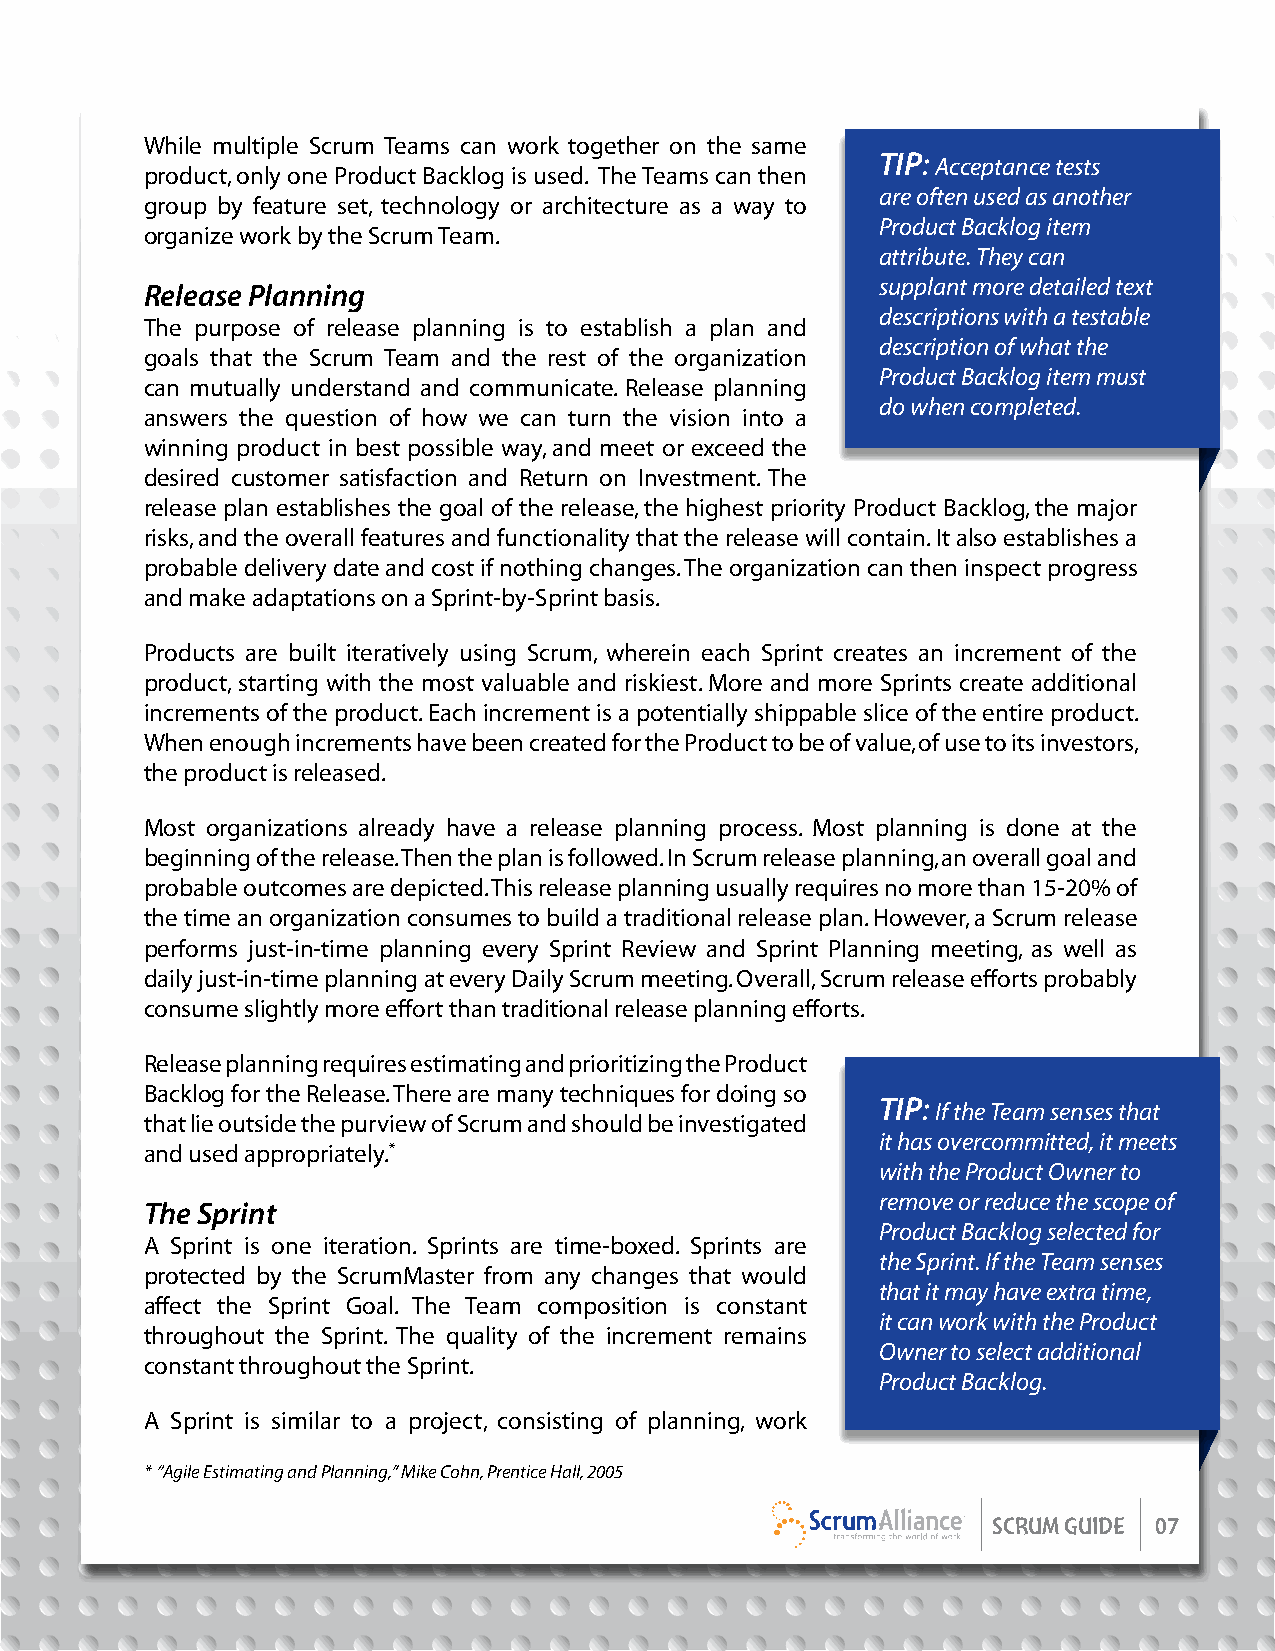
While multiple Scrum Teams can work together on the same
 TIP: Acceptance tests
 product, only one Product Backlog is used. The Teams can then
 are often used as another
 group by feature set, technology or architecture as a way to
 Product Backlog item
 organize work by the Scrum Team.
 attribute. They can
 Release Planning                                supplant more detailed text
 descriptions with a testable
 The purpose of release planning is to establish a plan and
 description of what the
 goals that the Scrum Team and the rest of the organization
 Product Backlog item must
 can mutually understand and communicate. Release planning
 do when completed.
 answers the question of how we can turn the vision into a
 winning product in best possible way, and meet or exceed the
 desired customer satisfaction and Return on Investment. The
 release plan establishes the goal of the release, the highest priority Product Backlog, the major
 risks, and the overall features and functionality that the release will contain. It also establishes a
 probable delivery date and cost if nothing changes. The organization can then inspect progress
 and make adaptations on a Sprint-by-Sprint basis.
 Products are built iteratively using Scrum, wherein each Sprint creates an increment of the
 product, starting with the most valuable and riskiest. More and more Sprints create additional
 increments of the product. Each increment is a potentially shippable slice of the entire product.
 When enough increments have been created for the Product to be of value, of use to its investors,
 the product is released.
 Most organizations already have a release planning process. Most planning is done at the
 beginning of the release. Then the plan is followed. In Scrum release planning, an overall goal and
 probable outcomes are depicted. This release planning usually requires no more than 15-20% of
 the time an organization consumes to build a traditional release plan. However, a Scrum release
 performs just-in-time planning every Sprint Review and Sprint Planning meeting, as well as
 daily just-in-time planning at every Daily Scrum meeting. Overall, Scrum release efforts probably
 consume slightly more effort than traditional release planning efforts.
 Release planning requires estimating and prioritizing the Product
 Backlog for the Release. There are many techniques for doing so
 TIP: If the Team senses that
 that lie outside the purview of Scrum and should be investigated
 it has overcommitted, it meets
 and used appropriately.*
 with the Product Owner to
 remove or reduce the scope of
 The Sprint
 Product Backlog selected for
 A Sprint is one iteration. Sprints are time-boxed. Sprints are
 the Sprint. If the Team senses
 protected by the ScrumMaster from any changes that would
 that it may have extra time,
 affect the Sprint Goal. The Team composition is constant
 it can work with the Product
 throughout the Sprint. The quality of the increment remains
 Owner to select additional
 constant throughout the Sprint.
 Product Backlog.
 A Sprint is similar to a project, consisting of planning, work
 * “Agile Estimating and Planning,” Mike Cohn, Prentice Hall, 2005
 SCRUM GUIDE 07